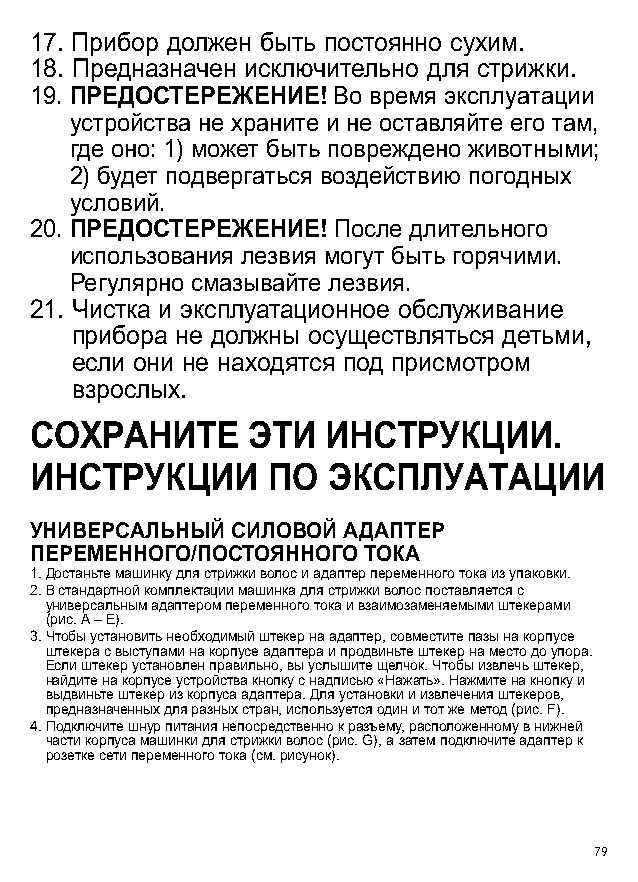
17. Прибор должен быть постоянно сухим.
 18. Предназначен исключительно для стрижки.
 19. П РЕДОСТЕРЕЖЕНИЕ! Во время эксплуатации
 устройства не храните и не оставляйте его там,
 где оно: 1) может быть повреждено животными;
 2) будет подвергаться воздействию погодных
 условий.
 20. ПРЕДОСТЕРЕЖЕНИЕ! После длительного
 использования лезвия могут быть горячими.
 Регулярно смазывайте лезвия.
 21. Чистка и эксплуатационное обслуживание
 прибора не должны осуществляться детьми,
 если они не находятся под присмотром
 взрослых.
 СОХРАНИТЕ     ЭТИ  ИНСТРУКЦИИ.
 ИНСТРУКЦИИ      ПО  ЭКСПЛУАТАЦИИ
 УНИВЕРСАЛЬНЫЙ СИЛОВОЙ АДАПТЕР
 ПЕРЕМЕННОГО/ПОСТОЯННОГО ТОКА
 1. Достаньте машинку для стрижки волос и адаптер переменного тока из упаковки.
 2. В стандартной комплектации машинка для стрижки волос поставляется с
 универсальным адаптером переменного тока и взаимозаменяемыми штекерами
 (рис. A – E).
 3. Чтобы установить необходимый штекер на адаптер, совместите пазы на корпусе
 штекера с выступами на корпусе адаптера и продвиньте штекер на место до упора.
 Если штекер установлен правильно, вы услышите щелчок. Чтобы извлечь штекер,
 найдите на корпусе устройства кнопку с надписью «Нажать». Нажмите на кнопку и
 выдвиньте штекер из корпуса адаптера. Для установки и извлечения штекеров,
 предназначенных для разных стран, используется один и тот же метод (рис. F).
 4. Подключите шнур питания непосредственно к разъему, расположенному в нижней
 части корпуса машинки для стрижки волос (рис. G), а затем подключите адаптер к
 розетке сети переменного тока (см. рисунок).
 79